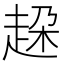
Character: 𧻞